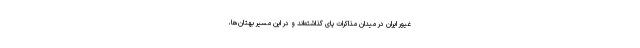
غیور ایران در میدان مذاکرات پای گذاشته‌اند و در این مسیر بهتان‌ها،